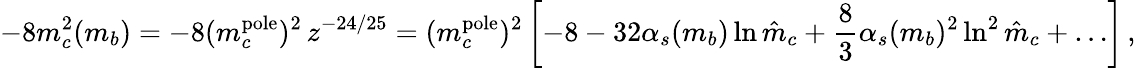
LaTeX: -8m_{c}^{2}(m_{b})=-8(m_{c}^{\mathrm{pole}})^{2}\, z^{-24/25}=(m_{c}^{\mathrm{pole}})^{2}\left[-8-32\alpha_{s}(m_{b})\ln\hat{m}_{c}+{\frac{8}{3}}\alpha_{s}(m_{b})^{2}\ln^{2}\hat{m}_{c}+\dots\right]\, ,